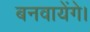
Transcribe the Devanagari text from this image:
बनवायेंगे।